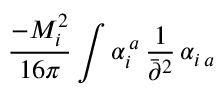
\frac { - M _ { i } ^ { 2 } } { 1 6 \pi } \int \alpha _ { i } ^ { \, a } \, \frac { 1 } { \bar { \partial } ^ { 2 } } \, \alpha _ { i \, a }